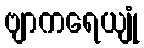
ဗျာကရေယျုံ